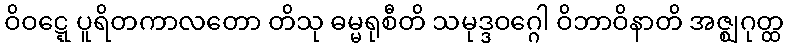
ဝိဝဋ္ဋေ ပူရိတကာလတော တိသု ဓမ္မရုစီတိ သမုဒ္ဒဝဂ္ဂေါ ဝိဘာဝိနာတိ အဇ္ဈဂုတ္ထ